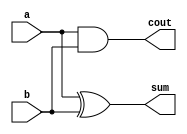
module half_adder_struct (
  a,
  b,
  sum,
  cout
);

  input   a;
  input   b;
  output  sum;
  output  cout;

  wire    sum;
  wire    cout;

  xor u1(sum,a,b);
  and u2(cout,a,b);

endmodule